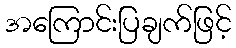
အကြောင်းပြချက်ဖြင့်